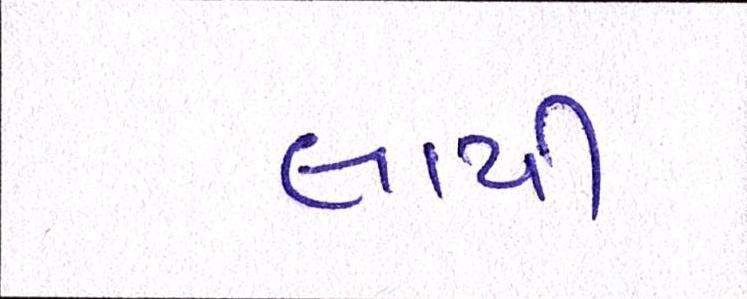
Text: લાયી